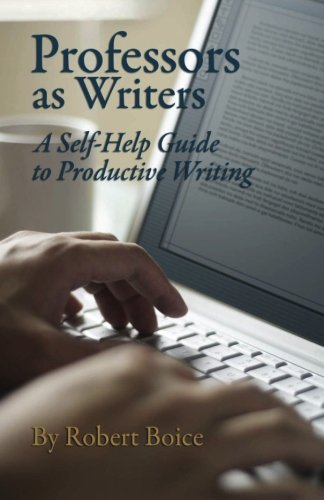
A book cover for Professors as Writers: A Self-Help Guide to Productive Writing; Robert Boice; Reference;